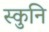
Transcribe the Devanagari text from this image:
स्कुनि